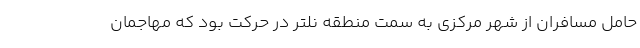
حامل مسافران از شهر مرکزی به سمت منطقه نلتر در حرکت بود که مهاجمان